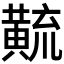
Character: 𱋳